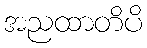
အညထာတိပိ